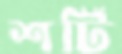
শর্টি